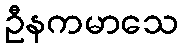
ဦနကမာသေ